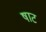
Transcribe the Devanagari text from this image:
षाट